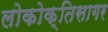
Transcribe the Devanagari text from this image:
लोकोक्तिसागर